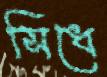
সিধে